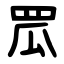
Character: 罛